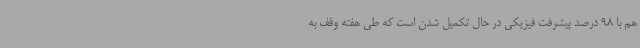
هم با 98 درصد پیشرفت فیزیکی در حال تکمیل شدن است که طی هفته وقف به